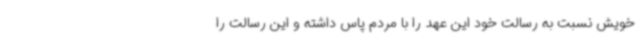
خویش نسبت به رسالت خود این عهد را با مردم پاس داشته و این رسالت را